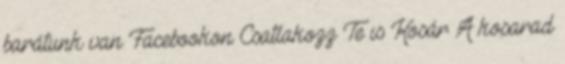
barátunk van Facebookon Csatlakozz Te is Kosár A kosarad